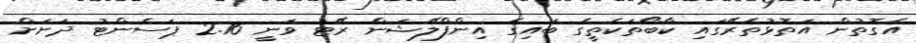
އެގޮތުން އަތޮޅުތެރޭގައި ކާބޯތަކެތީގެ ބައިގެ އިންފްލޭޝަން ރޭޓު ވަނީ 2.16 ޕަސެންޓު ދަށަށް